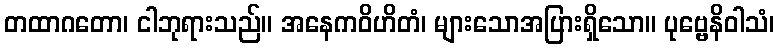
တထာဂတော၊ ငါဘုရားသည်။ အနေကဝိဟိတံ၊ များသောအပြားရှိသော။ ပုဗ္ဗေနိဝါသံ၊